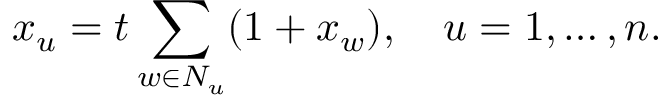
x _ { u } = t \sum _ { w \in N _ { u } } ( 1 + x _ { w } ) , \quad u = 1 , \ldots , n .